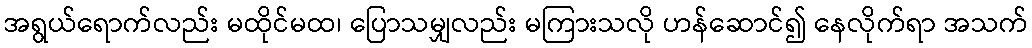
အရွယ်ရောက်လည်း မထိုင်မထ၊ ပြောသမျှလည်း မကြားသလို ဟန်ဆောင်၍ နေလိုက်ရာ အသက်